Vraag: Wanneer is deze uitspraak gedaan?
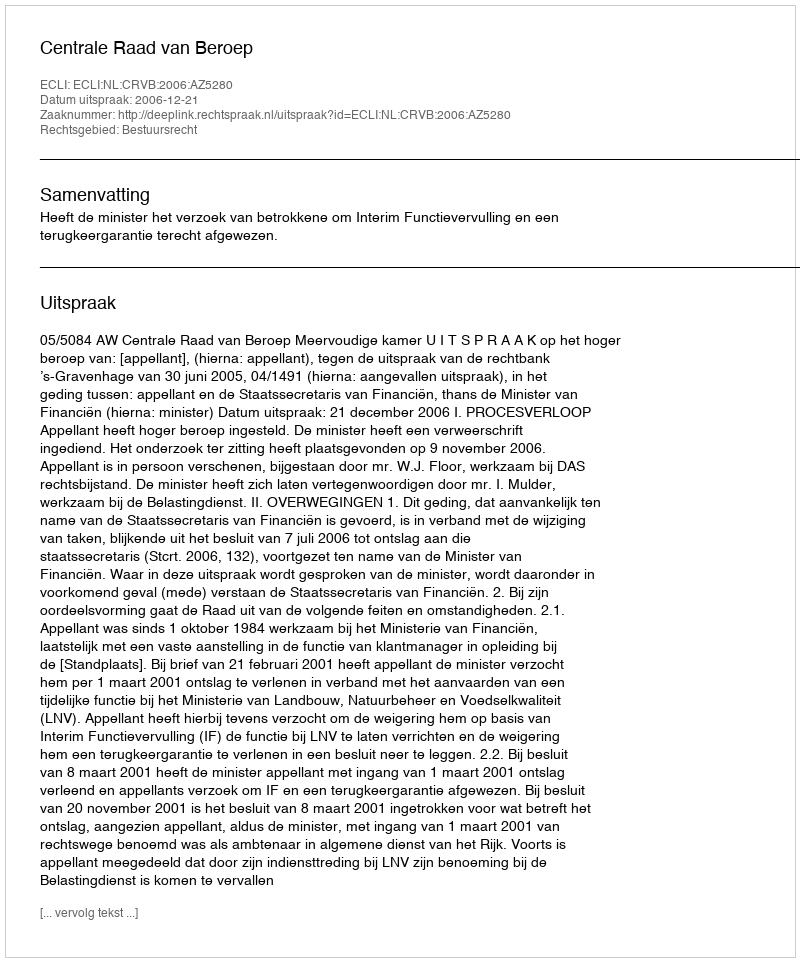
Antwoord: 2006-12-21